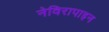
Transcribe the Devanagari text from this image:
नेविरापाइन